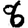
Digit: 6